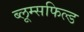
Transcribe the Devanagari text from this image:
ब्लूम्सफिल्ड